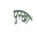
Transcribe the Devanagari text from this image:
पुरखॊं